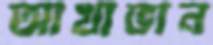
আখাভান